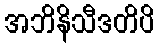
အဘိနိသီဒတိပိ